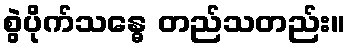
စွဲပိုက်သန္ဓေ တည်သတည်း။